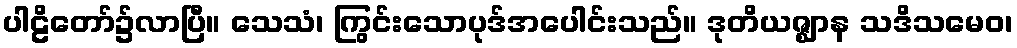
ပါဠိတော်၌လာပြီ။ သေသံ၊ ကြွင်းသောပုဒ်အပေါင်းသည်။ ဒုတိယဇ္ဈာန သဒိသမေဝ၊